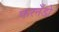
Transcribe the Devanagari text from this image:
फरनँडो